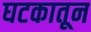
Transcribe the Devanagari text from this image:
घटकातून